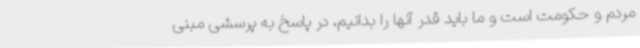
مردم و حکومت است و ما باید قدر آنها را بدانیم، در پاسخ به پرسشی مبنی